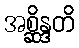
အစ္ဆိန္ဒတိ